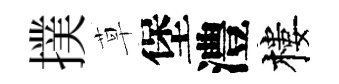
撲草堡澧樓